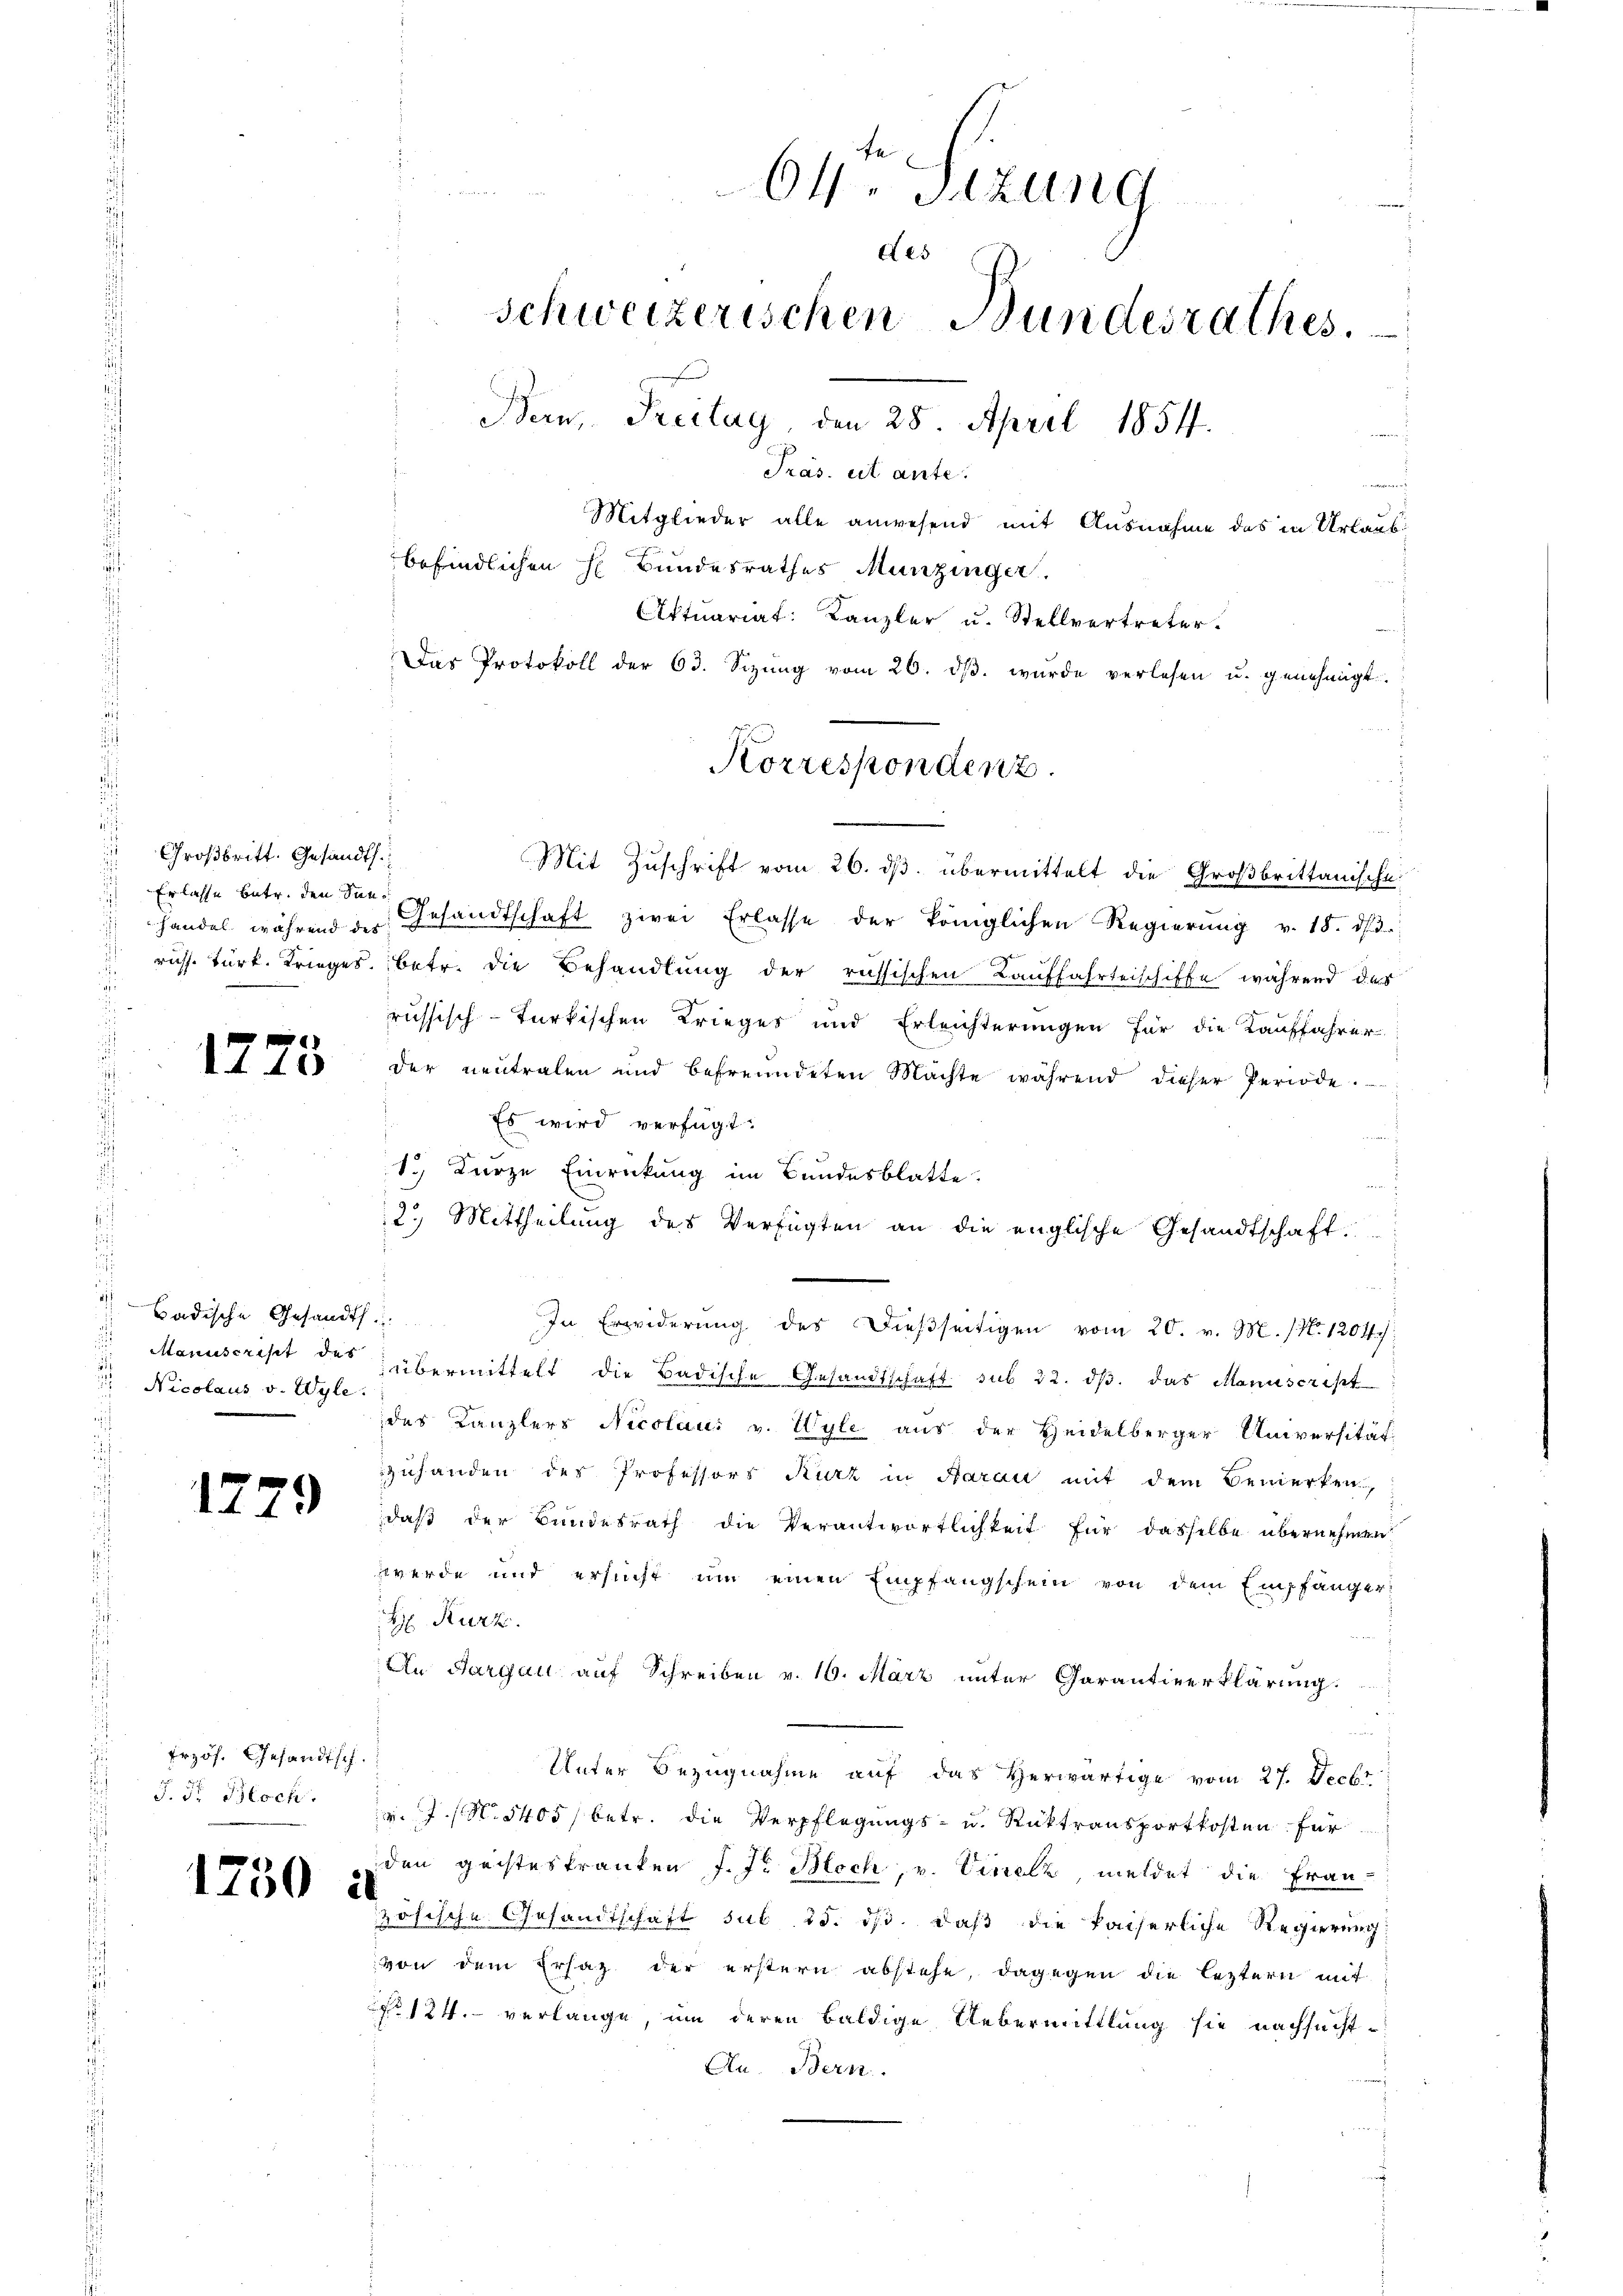
i
Großbritt. Gesandt.
Erlasse betr. den San¬

1775

Badische Gesandts
Nicolaus v. Wyle.

17

)

frzös. Gesandtsch.
J. F. Bloch.

1730 à

Benken
64. Sitzung
des
Schweizerischen Bundesrathes.
Bern, Freitag, den 28. April 1854.
Präs. et ante.
Mitglieder alle anwesend mit Ausnahme des in Urlaub
befindlichen H Bundesrathes Munzinger.
Aktuariat: Kanzler u. Stellvertreter.
Das Protokoll der 63. Sizŭng vom 26. dβ. wurde verlesen u. genehmigt.

Korrespondenz.

Mit Zuschrift vom 26. ds. übermittelt die Großbrittanische
handel während der Gesandtschaft zwei Erlasse der königlichen Regierung v. 18. dβ.
russ. Turk. Krieges. betr. die Behandlung der russischen Lauffahrteischiffe während das
russisch-türkischen Krieges und Erleichterungen für die Kauffahrer
der neutralen und befreundeten Machte während dieser Periode.
Es wird verfügt:
d
1.) Kurze Einrückung im Bundesblatte.
i
2.) Mittheilung des Verfügten an die englische Gesandtschaft
s
In Erwiderung des dießseitigen vom 20. v. M. (N. 1204 :
Manuscrisit des übermittelt die Badische Gesandtschaft sub 22. dβ das Manuscript
des Kanzlers Nicolaus v. Wyle aus der Heidelberger Universität
zuhanden des Professors Kurz in Aarau mit dem Bemerken,
daß der Bundesrath die Verantwortlichkeit für dasselbe übernehmen
werde und ersucht um einen Empfangschein von dem Empfänger
H Kurz.
An Aargau auf Schreiben v. 16. März unter Garantieerklärung.
Unter Bezugnahme auf das herwärtige vom 27. Decbr
v. 7. 5405/ betr. die Verpflegungs- u. Rücktransportkosten für
den geisteskranken J. J. Moch, v. Vinelz, meldet die Frau
zösische Gesandtschaft sub 15. ds. daß die kaiserliche Regierung
von dem Ersaz der erstern abstehe, dagegen die leztern mit
 124. verlange, um deren baldige Uebermittlung sie nachsucht¬
An. Bern.